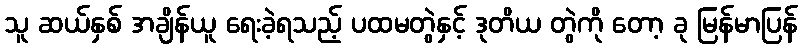
သူ ဆယ်နှစ် အချိန်ယူ ရေးခဲ့ရသည့် ပထမတွဲနှင့် ဒုတိယ တွဲကို တော့ ခု မြန်မာပြန်